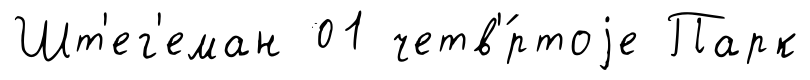
Шт'ег'еман 01 четв'́ртоjе Парк